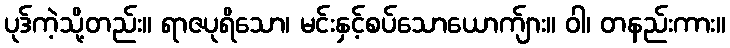
ပုဒ်ကဲ့သို့တည်း။ ရာဇပုရိသော၊ မင်းနှင့်စပ်သောယောက်ျား။ ဝါ၊ တနည်းကား။